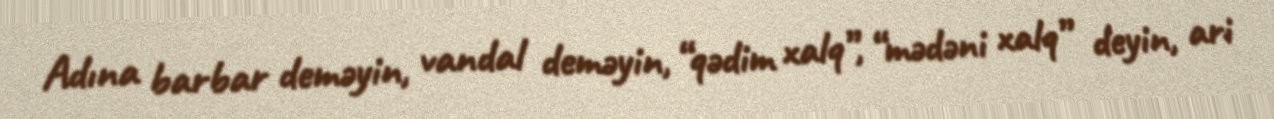
Adına barbar deməyin, vandal deməyin, “qədim xalq”, “mədəni xalq” deyin, ari